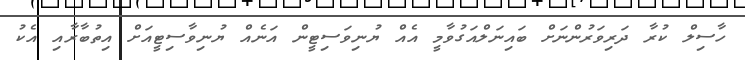
ހާސިލް ކުރާ ދަރިވަރުންނަށް ބައިނަލްއަގުވާމީ އެއް ޔުނިވަސިޓީން އަނެއް ޔުނިވާސިޓީއަށް އިތުބާރާއި އެކު